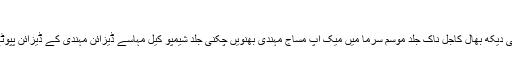
یہ ایک قبیح سماجی فعل ہے
پلکیں نیل پالش ہونٹ بال ہاتھوں کی دیکھ بھال کاجل ناک جلد موسم سرما میں میک اپ مساج مہندی بھنویں چکنی جلد شیمپو کیل مہاسے ڈیزائن مہندی کے ڈیزائن پپوٹے پاؤں کی دیکھ بھال فیس ماسک